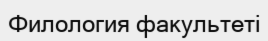
Филология факультеті